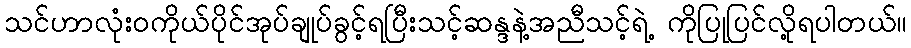
သင်ဟာလုံးဝကိုယ်ပိုင်အုပ်ချုပ်ခွင့်ရပြီးသင့်ဆန္ဒနဲ့အညီသင့်ရဲ့ ကိုပြုပြင်လို့ရပါတယ်။